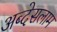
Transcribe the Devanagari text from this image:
अब्देसलाम